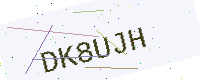
Text: DK8UJH